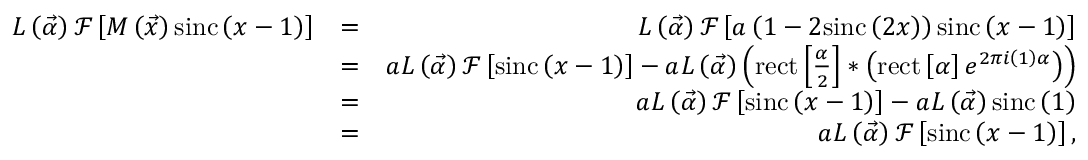
\begin{array} { r l r } { L \left( \vec { \alpha } \right) \mathcal { F } \left[ M \left( \vec { x } \right) \mathrm { s i n c } \left( x - 1 \right) \right] } & { = } & { L \left( \vec { \alpha } \right) \mathcal { F } \left[ a \left( 1 - 2 \mathrm { s i n c } \left( 2 x \right) \right) \mathrm { s i n c } \left( x - 1 \right) \right] } \\ & { = } & { a L \left( \vec { \alpha } \right) \mathcal { F } \left[ \mathrm { s i n c } \left( x - 1 \right) \right] - a L \left( \vec { \alpha } \right) \left( \mathrm { r e c t } \left[ \frac { \alpha } { 2 } \right] \ast \left( \mathrm { r e c t } \left[ \alpha \right] e ^ { 2 \pi i \left( 1 \right) \alpha } \right) \right) } \\ & { = } & { a L \left( \vec { \alpha } \right) \mathcal { F } \left[ \mathrm { s i n c } \left( x - 1 \right) \right] - a L \left( \vec { \alpha } \right) \mathrm { s i n c } \left( 1 \right) } \\ & { = } & { a L \left( \vec { \alpha } \right) \mathcal { F } \left[ \mathrm { s i n c } \left( x - 1 \right) \right] , } \end{array}